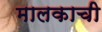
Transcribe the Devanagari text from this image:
मालकाची